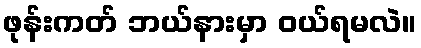
ဖုန်းကတ် ဘယ်နားမှာ ဝယ်ရမလဲ။